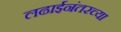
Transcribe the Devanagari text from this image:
लढाईनंतरच्या